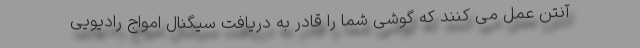
آنتن عمل می کنند که گوشی شما را قادر به دریافت سیگنال امواج رادیویی